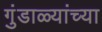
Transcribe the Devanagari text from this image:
गुंडाळ्यांच्या